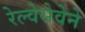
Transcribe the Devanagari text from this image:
रेल्वेसेवेने